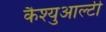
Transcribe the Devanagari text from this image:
कैश्युआल्टी